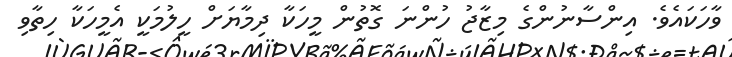
ވާހަކައެވެ. އިންސާނުންގެ މިޒާޖު ހުންނަ ގޮތުން މީހަކާ ދިމާޔަށް ހީލުމަކީ އެމީހަކާ ހިތާވި